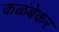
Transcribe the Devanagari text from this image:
कळंबेकर